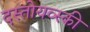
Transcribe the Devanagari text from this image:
दस्तोयव्स्की